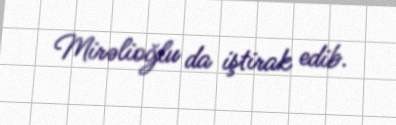
Mirəlioğlu da iştirak edib.